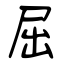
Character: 屈